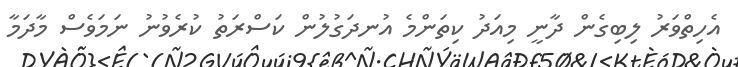
އެހިތްވަރު ލިބިގެން ދާނީ މިއަދު ކިތަންމެ އުނދަގުލުން ކަސްރަތު ކުރެވުނު ނަމަވެސް މާދަމާ